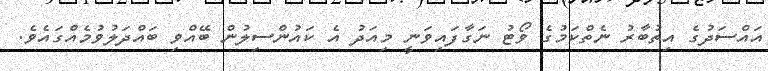
އައްސަދުގެ އިތުބާރު ނެތްކަމުގެ ވޯޓު ނަގާފައިވަނީ މިއަދު އެ ކައުންސިލުން ބޭއްވި ބައްދަލުވުމެއްގައެވެ.